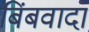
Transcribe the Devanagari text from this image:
बिंबवादा